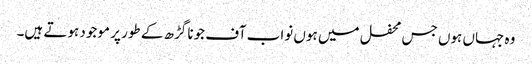
وہ جہاں ہوں جس محفل میں ہوں نواب آف جونا گڑھ کے طور پر موجود ہوتے ہیں۔